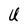
Character: U